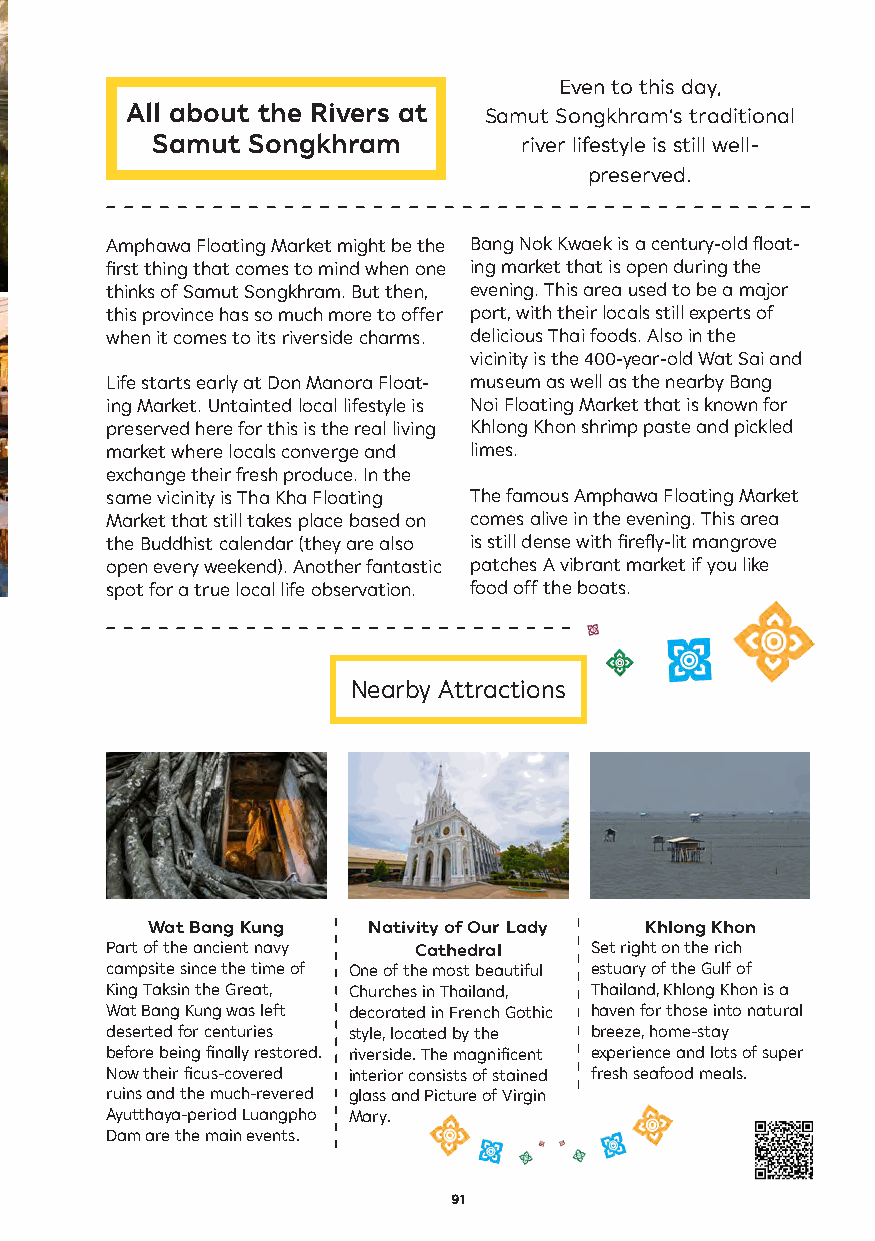
Even to this day,
 All about the Rivers at Samut Songkhram’s traditional
 Samut Songkhram         river lifestyle is still well-
 preserved.
 Amphawa Floating Market might be the Bang Nok Kwaek is a century-old float-
 first thing that comes to mind when one ing market that is open during the
 thinks of Samut Songkhram. But then, evening. This area used to be a major
 this province has so much more to offer port, with their locals still experts of
 when it comes to its riverside charms. delicious Thai foods. Also in the
 vicinity is the 400-year-old Wat Sai and
 Life starts early at Don Manora Float- museum as well as the nearby Bang
 ing Market. Untainted local lifestyle is Noi Floating Market that is known for
 preserved here for this is the real living Khlong Khon shrimp paste and pickled
 market where locals converge and limes.
 exchange their fresh produce. In the
 same vicinity is Tha Kha Floating The famous Amphawa Floating Market
 Market that still takes place based on comes alive in the evening. This area
 the Buddhist calendar (they are also is still dense with firefly-lit mangrove
 open every weekend). Another fantastic patches A vibrant market if you like
 spot for a true local life observation. food off the boats.
 Nearby Attractions
 Wat Bang Kung Nativity of Our Lady Khlong Khon
 Part of the ancient navy Cathedral Set right on the rich
 campsite since the time of One of the most beautiful estuary of the Gulf of
 King Taksin the Great, Churches in Thailand, Thailand, Khlong Khon is a
 Wat Bang Kung was left decorated in French Gothic haven for those into natural
 deserted for centuries style, located by the breeze, home-stay
 before being finally restored. riverside. The magnificent experience and lots of super
 Now their ficus-covered interior consists of stained fresh seafood meals.
 ruins and the much-revered glass and Picture of Virgin
 Ayutthaya-period Luangpho Mary.
 Dam are the main events.
 91